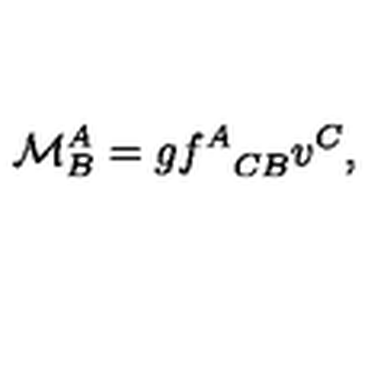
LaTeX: \mathcal { M } _ { B } ^ { A } = g { f ^ { A } } _ { C B } v ^ { C } ,